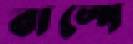
বাষ্পে